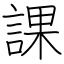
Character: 課